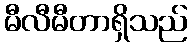
မီလီမီတာရှိသည်